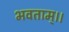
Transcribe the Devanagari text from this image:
भवताम्।।